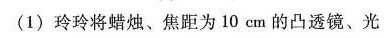
(1)玲玲将蜡烛、焦距为10cm的凸透镜、光